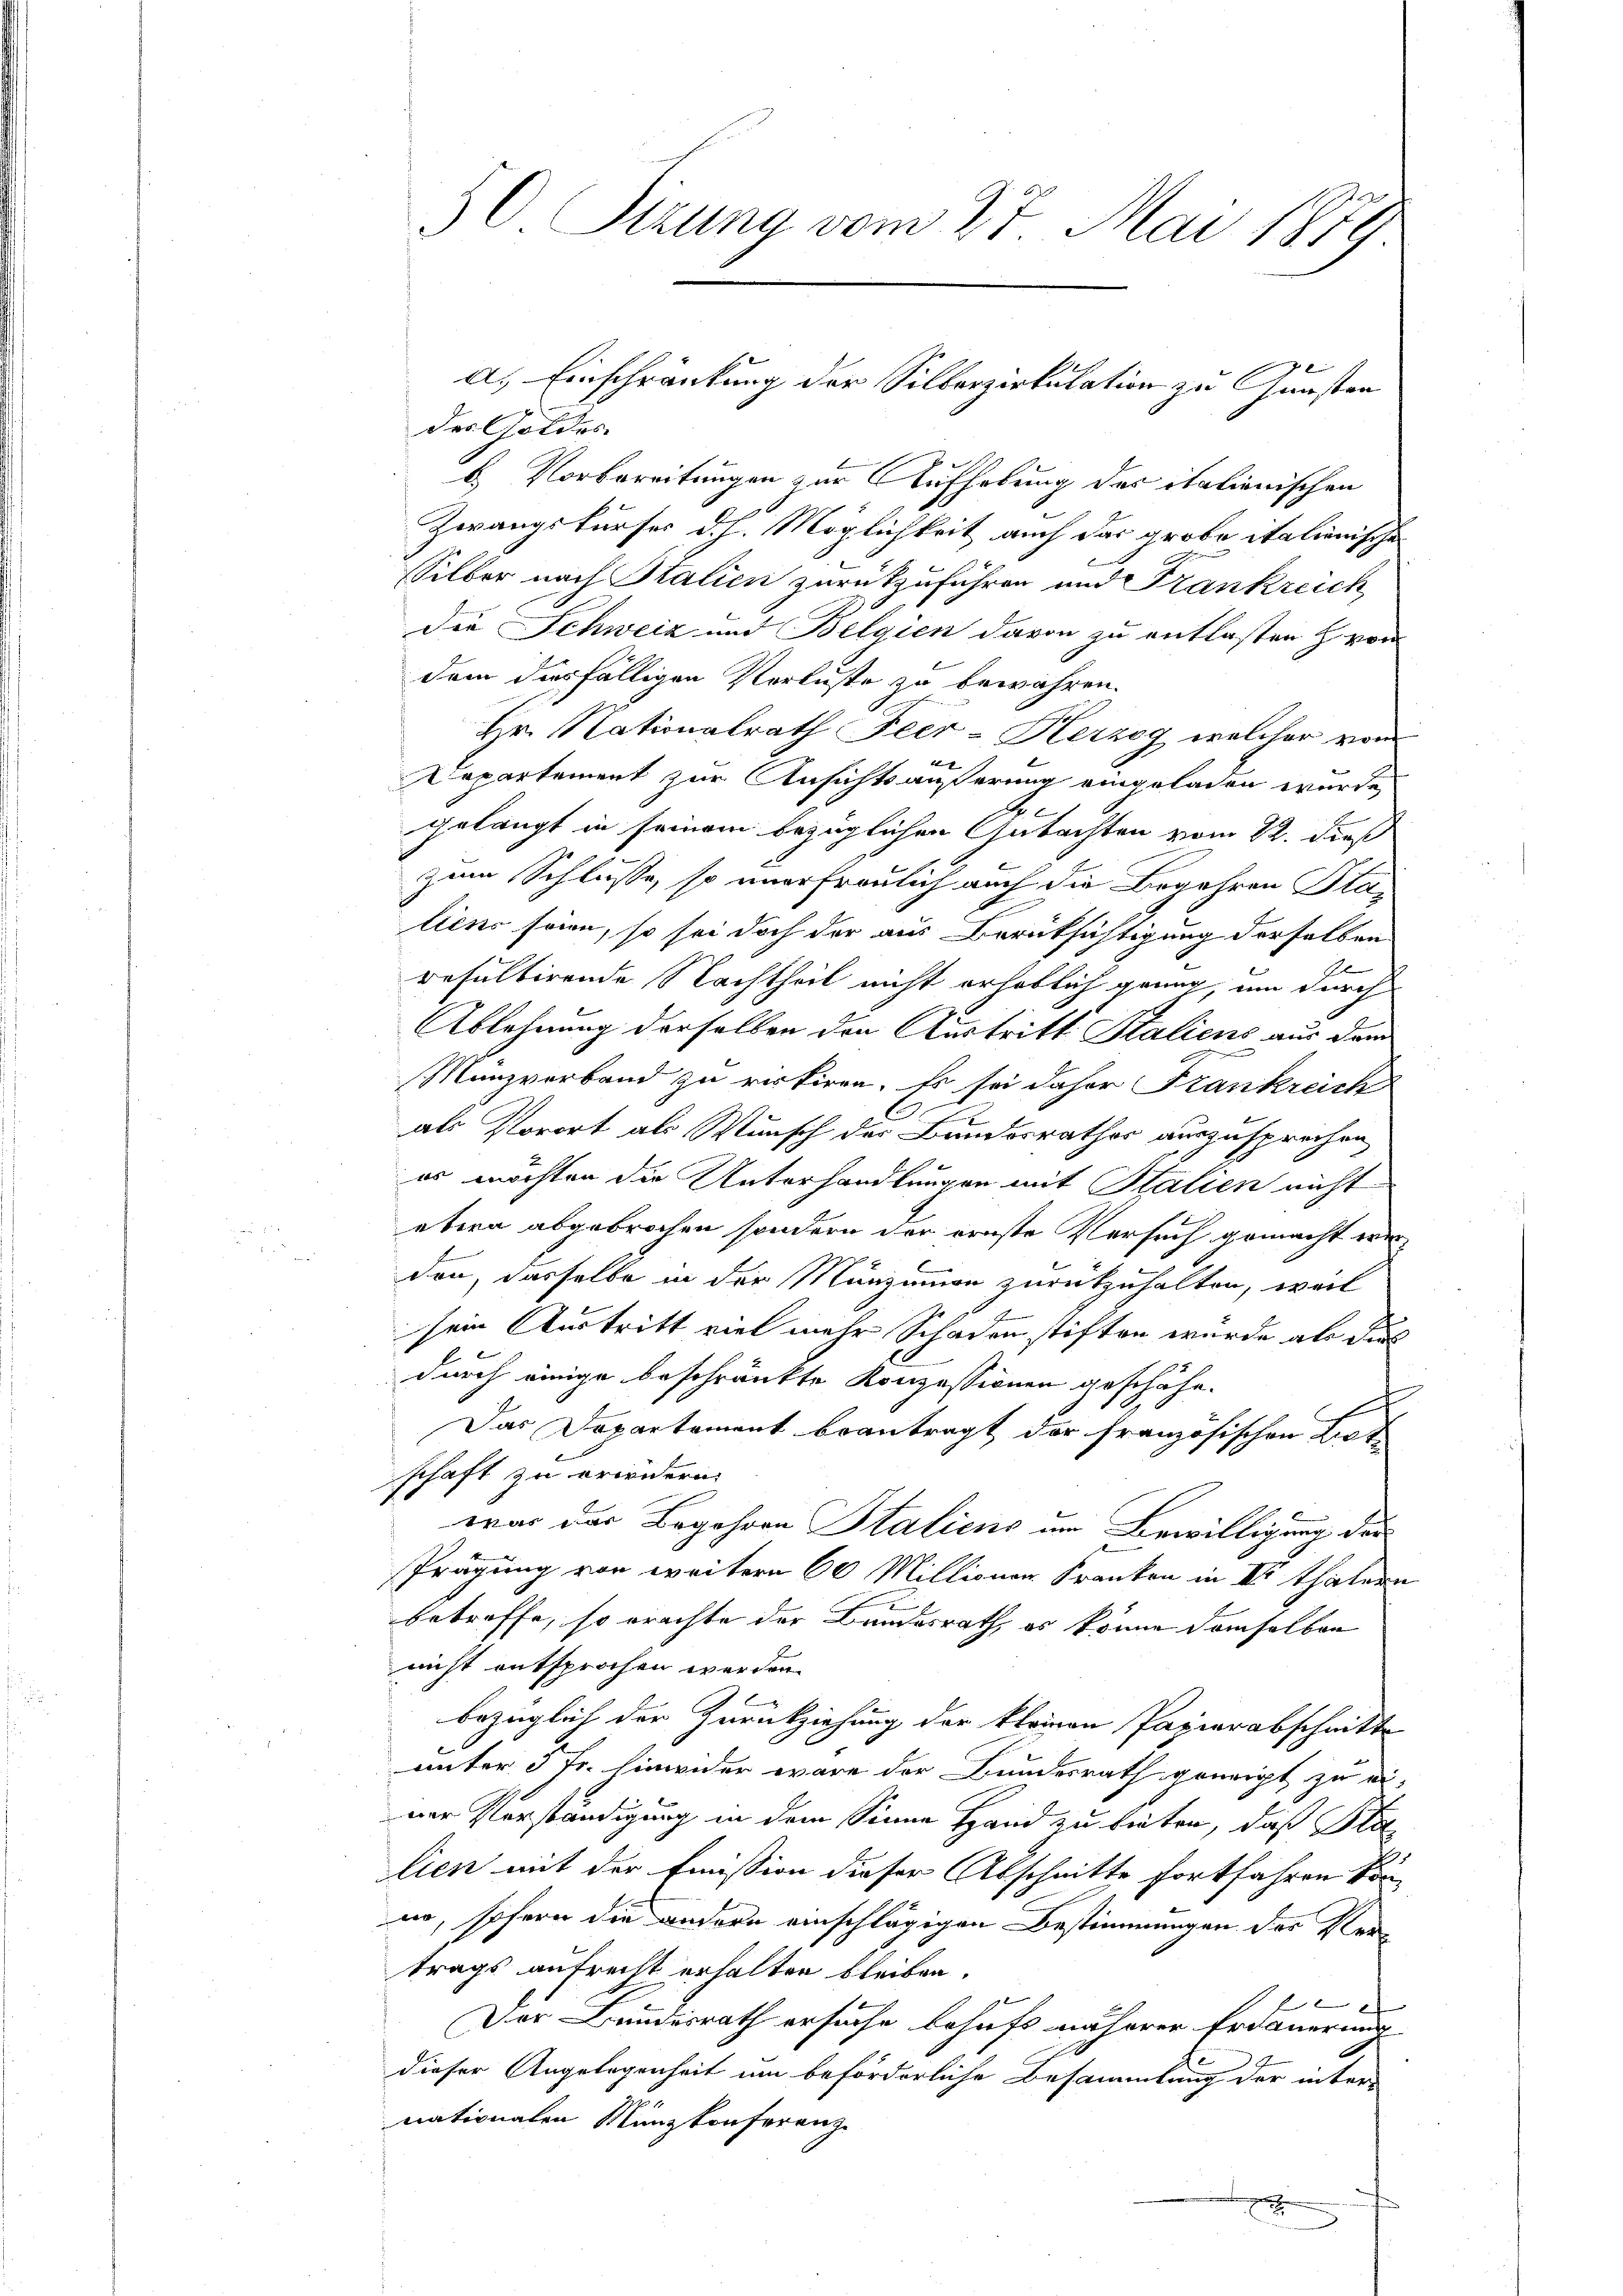
der Goldes
b. Vorbereitungen zur Aufhebung des italienischen
Zwangskurses d. h. Möglichkeit auch das grobe italienische
sSilber nach Stalien zurückzuführen und Frankreich
Die Schweiz und Belgien davon zu entlassen h. von
dem diesfälligen Verluste zu bewahren.
Hr. Nationalrath Feer-Herzog welcher vom
f
Departement zur Ansichtsäußerung eingeladen wurde,
8
gelangt in seinem bezüglichen Gutachten vom 22. dieß
zum Schlusse, so unerfreulich auch die Begehren Stalicus seien, so sei doch der aus Berüksichtigung derselben
Resultirende Nachtheil nicht erheblich ganz, um durch
Ablehnung derselben den Austritt Staliens aus dem
Manzverband zu reckiren. Es sei daher Frankreich
C
als Vorort als Wunsch der Bandesrathes auszusprechen,
es möchten die Unterhandlungen mit Stalien nicht
etwa abgebrochen sondern der ernste Versuch gemacht werden, dasselbe in der Menzimmen zurückzuhalten, weil
sein Austritt viel mehr Schaden stiften wurde als dies
durch einige beschränkte Konzessionen geschähe.
Das Departement beantragt der französischen Bot
schaft zu erwidern.
war das Begehren Staliens am Bewilligung der
Prägung vor weitern 60 Millionen Kranken in III Thätern
f
betreffe, so erachte der Bundesrath, es könne demselben
nicht entsprochen werden.
bezüglich der Zurückziehung der kleinen Papierabschnitte
unter 5 Fr. hinwieder wäre der Bundesrath geneigt zu einer Verständigung in dem Sinne Hand zu bieten, daß Pla
lien mit der Emission dieser Abschnitte fortfahren kön-
no, sofern die andern einschlägigen Bestimmungen des Klei
trags aufrecht erhalten bleiben.
x
Der Bundesrath ersuche behufs näherer Erdauerung
dieser Angelegenheit um beförderliche Besammlung der inter-
nationalen Münzkonferenz.

50 Sizung vom 27. Mai 1879

a.) Einschränkung der Silberzirkulation zu Gunsten